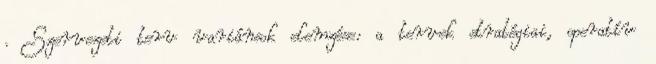
. Szervezeti terv variánsok elemzése: a tervek stratégiai, operatív